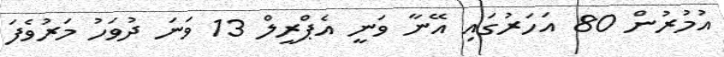
އުމުރުން 80 އަހަރުގައި އޭނާ ވަނީ އެޕްރީލް 13 ވަނަ ދުވަހު މަރުވެފަ